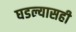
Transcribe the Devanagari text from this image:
घडल्यासही